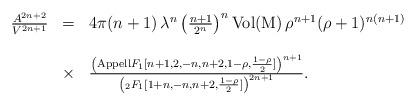
LaTeX: \begin{align*}\begin{array}{rcl}\frac{A^{2n+2}}{V^{2n+1}}&=&4\pi(n+1)\,\lambda^n\left(\frac{n+1}{2^n} \right)^{n}\mathrm{Vol(M)}\,\rho^{n+1} (\rho+1)^{n(n+1)}\\ \\ &\times&\frac{\left({\rm{Appell}}F_{1}[n+1,2,-n,n+2,1-\rho,\frac{1-\rho}{2}]\right)^{n+1}}{\left(_2F_{1}[1+n,-n,n+2,\frac{1-\rho}{2}]\right)^{2n+1}}.\end{array}\end{align*}